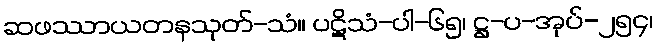
ဆဖဿာယတနသုတ်-သံ။ ပဋိသံ-ပါ-၆၅၊ ဋ္ဌ-ပ-အုပ်-၂၅၄၊